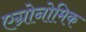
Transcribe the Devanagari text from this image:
एग्रोनोमिक